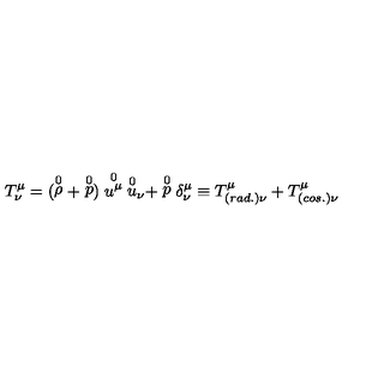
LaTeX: T _ { \nu } ^ { \mu } = ( \stackrel { 0 } { \rho } + \stackrel { 0 } { p } ) \stackrel { 0 } { { u } ^ { \mu } } { \stackrel { 0 } { u } } _ { \nu } + \stackrel { 0 } { p } \delta _ { \nu } ^ { \mu } \equiv T _ { ( r a d . ) \nu } ^ { \mu } + T _ { ( c o s . ) \nu } ^ { \mu }